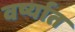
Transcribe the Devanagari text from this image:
वर्ष्यात